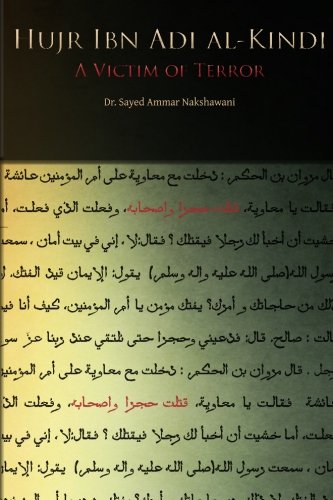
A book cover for Hujr Ibn Adi: A Victim of Terror; Sayed Ammar Nakshawani; Religion & Spirituality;